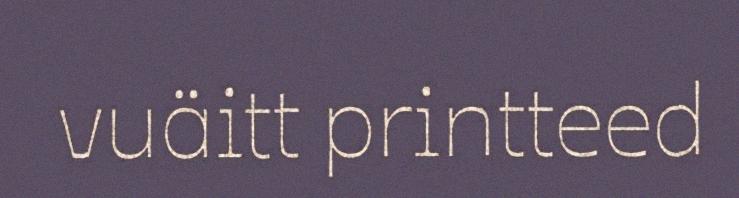
vuäitt printteed